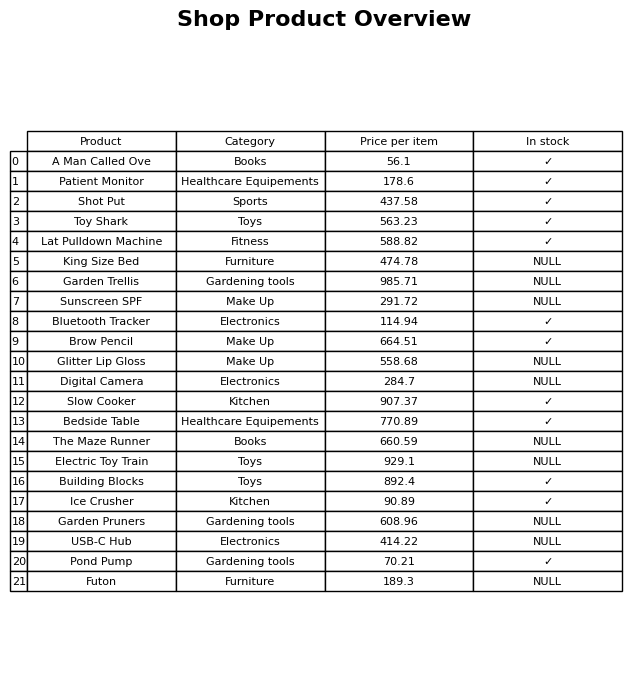
question: What is the price for Pond Pump?
answer: The price of Pond Pump is 70.21.